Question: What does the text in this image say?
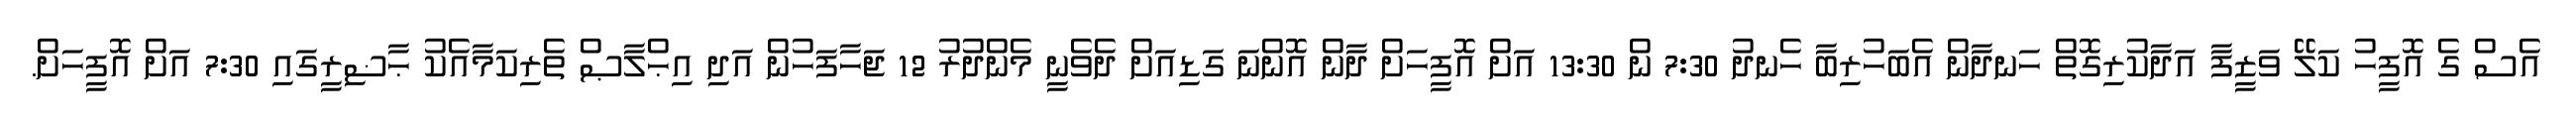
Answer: އެސް ގެ އޮފީހު ކަލޭ ވަޒީފާ އަދާކުރިގޮތް ހަނދާން އެބަހުރިބާ ހެނދު 7:30 ން 13:30 އަށް އޮފީހަށް ދާން އޮންނަ ގަޑިއަށް ދެވެނީ މެންދުރު 12 ޖަހާފަހުން އަދި އިޙްލާޞް ތެރިކަމާއެކު ޙާޟިރީގައި 7:30 އަށް އޮފީހަށް.